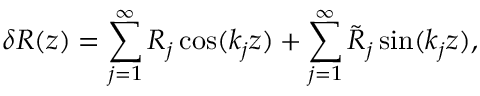
\delta R ( z ) = \sum _ { j = 1 } ^ { \infty } R _ { j } \cos ( k _ { j } z ) + \sum _ { j = 1 } ^ { \infty } \tilde { R } _ { j } \sin ( k _ { j } z ) ,